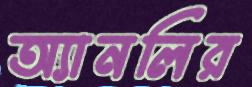
অ্যানলির